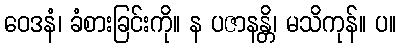
ဝေဒနံ၊ ခံစားခြင်းကို။ န ပဇာနန္တိ၊ မသိကုန်။ ပ။